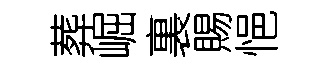
葬崛裏賜悒